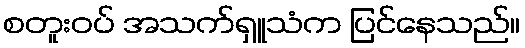
စတူးဝပ် အသက်ရှူသံက ပြင်နေသည်။